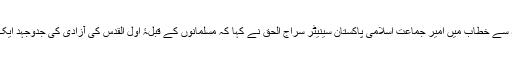
مارچ کے شرکاء سے خطاب میں امیر جماعت اسلامی پاکستان سینیٹر سراج الحق نے کہا کہ مسلمانوں کے قبلۂ اول القدس کی آزادی کی جدوجہد ایک مقدس جہاد ہے۔